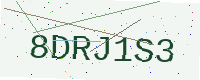
Text: 8DRJ1S3